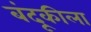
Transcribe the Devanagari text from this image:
बंदूकीला